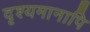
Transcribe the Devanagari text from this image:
दृश्यमानापि